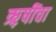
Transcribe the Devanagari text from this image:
ऋ़षींचा